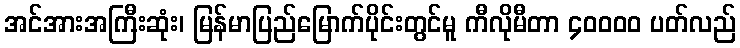
အင်အားအကြီးဆုံး၊ မြန်မာပြည်မြောက်ပိုင်းတွင်မူ ကီလိုမီတာ ၄၀၀၀၀ ပတ်လည်